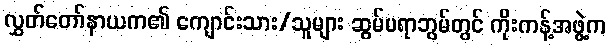
လွှတ်တော်နာယက၏ ကျောင်းသား/သူများ ဆွမ်ပရာဘွမ်တွင် ကိုးကန့်အဖွဲ့က